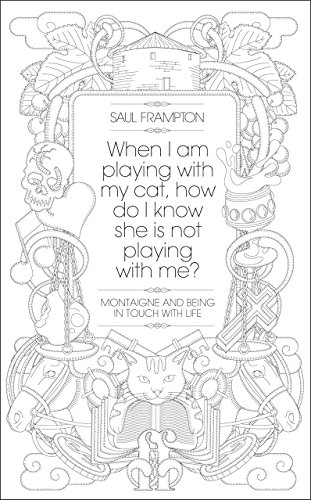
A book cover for When I Am Playing with My Cat, How Do I Know She Is Not Playing with Me?: Montaigne and Being in Touch with Life. Saul Frampton; Saul Frampton; Politics & Social Sciences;